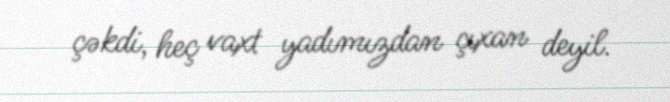
çəkdi, heç vaxt yadımızdan çıxan deyil.